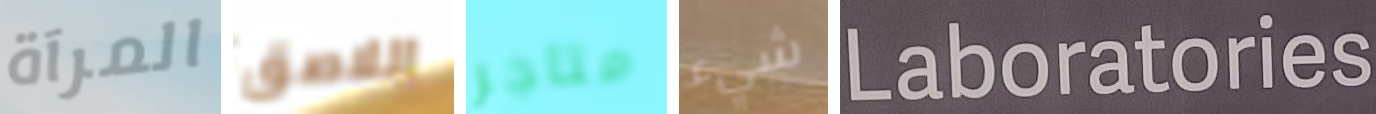
المرآة اللاصق متاجر شيء Laboratories